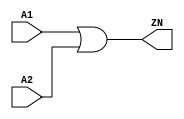
module OR2_X4 (A1, A2, ZN);
  input A1;
  input A2;
  output ZN;

  or(ZN, A1, A2);


endmodule